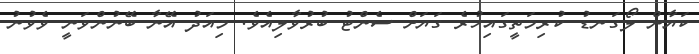
ކަޔާން ލޯގަނޑު ކުރިމަތީގައިހުރެ ގަޔަށް ސެންޓު ބުރުވާލިއެވެ. މިއަދު އޭނާ ބޭނުންވަނީ ވެވުނު